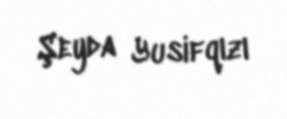
Şeyda Yusifqızı